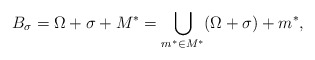
\begin{align*}B_{\sigma}=\Omega+\sigma+M^*=\bigcup_{m^*\in M^*} (\Omega+\sigma)+m^*,\end{align*}